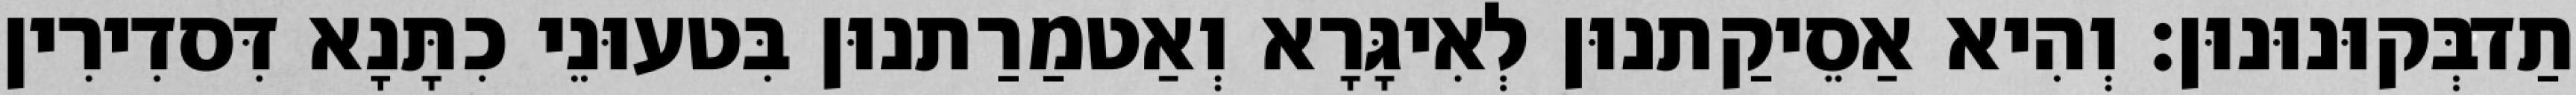
תַדבְּקוּנוּנוּן׃ וְהִיא אַסֵיקַתנוּן לְאִיגָּרָא וְאַטמַרַתנוּן בִּטעוּנֵי כִתָּנָא דִּסדִירִין